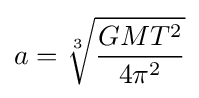
a={\sqrt[{3}]{\frac {GMT^{2}}{4\pi ^{2}}}}